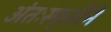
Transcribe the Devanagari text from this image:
अंतःस्फूर्तीने